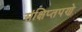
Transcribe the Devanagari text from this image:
संक्षिप्‍तपणे